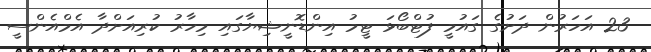
23 އަހަރުން ދަށުގެ ގައުމީ ފުޓްބޯޅަ ޓީމު އިންޑޮނީޝިޔާގައި މިހާރު ކުރިއަށްދާ އެމްއެންސީ